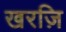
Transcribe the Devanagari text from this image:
खरज़ि